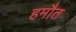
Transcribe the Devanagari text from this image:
हमौत